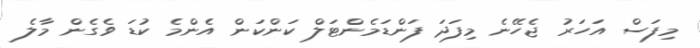
މިފަސް އަހަރު ޖެހޭނެ މިފަދަ ފަންޑަމެންޓަލް ކަންކަން އެންމެ ކުޑަ ވެގެން މާލެ